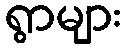
ရွာများ